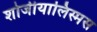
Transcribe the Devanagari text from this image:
शोजीयालिस्मस